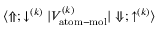
{ \langle \Uparrow ; \downarrow ^ { ( k ) } | V _ { \mathrm { a t o m - m o l } } ^ { ( k ) } | \Downarrow ; \uparrow ^ { ( k ) } \rangle }